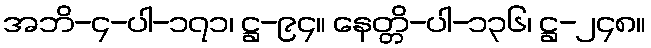
အဘိ-၄-ပါ-၁၇၁၊ ဋ္ဌ-၉၄။ နေတ္တိ-ပါ-၁၃၆၊ ဋ္ဌ-၂၄၈။